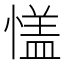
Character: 㦈